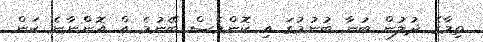
ތިމާގެ ދުލުން ބުނާ ބުނުމުގަ އި ކޮންމެސް ބޭނުމެ އް އޮންްނާނެ ކަން